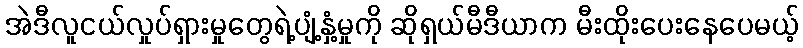
အဲဒီလူငယ်လှုပ်ရှားမှုတွေရဲ့ပျံ့နှံ့မှုကို ဆိုရှယ်မီဒီယာက မီးထိုးပေးနေပေမယ့်